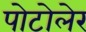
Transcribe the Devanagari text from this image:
पोटोलेर